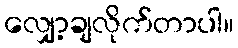
လျှော့ချလိုက်တာပါ။